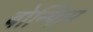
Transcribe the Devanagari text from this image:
बोन्फिम